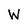
Character: W